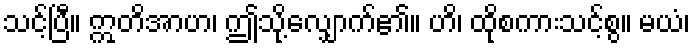
သင့်ပြီ။ ဣတိအာဟ၊ ဤသို့လျှောက်၏။ ဟိ၊ ထိုစကားသင့်စွ။ မယံ၊